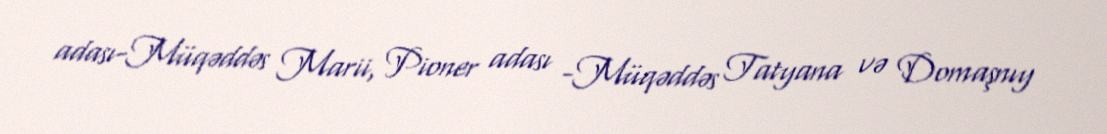
adası-Müqəddəs Marii, Pioner adası -Müqəddəs Tatyana və Domaşnıy